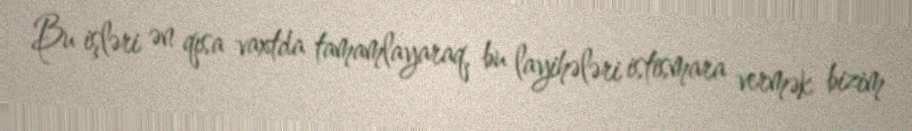
Bu işləri ən qısa vaxtda tamamlayaraq, bu layihələri istismara vermək bizim